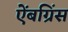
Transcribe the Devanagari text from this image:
ऐंबग्रिंस